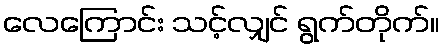
လေကြောင်း သင့်လျှင် ရွက်တိုက်။